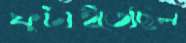
ফুটাইতেছিল